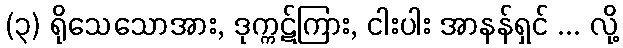
(၃) ရိုသေသောအား, ဒုက္ကဋ်ကြား, ငါးပါး အာနန်ရှင် ... လို့